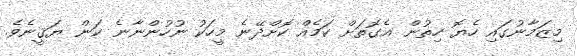
މިޒަމާނުގައި ހެޔޮ ހިތުން އެގޮތަށް ކަމެއް ކޮށްދޭނެ މީހަކު ނުހުންނާނެ ކަން ޔަޤީނެވެ.